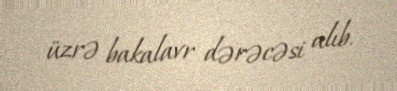
üzrə bakalavr dərəcəsi alıb.